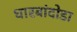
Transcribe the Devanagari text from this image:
धारबांदोडा